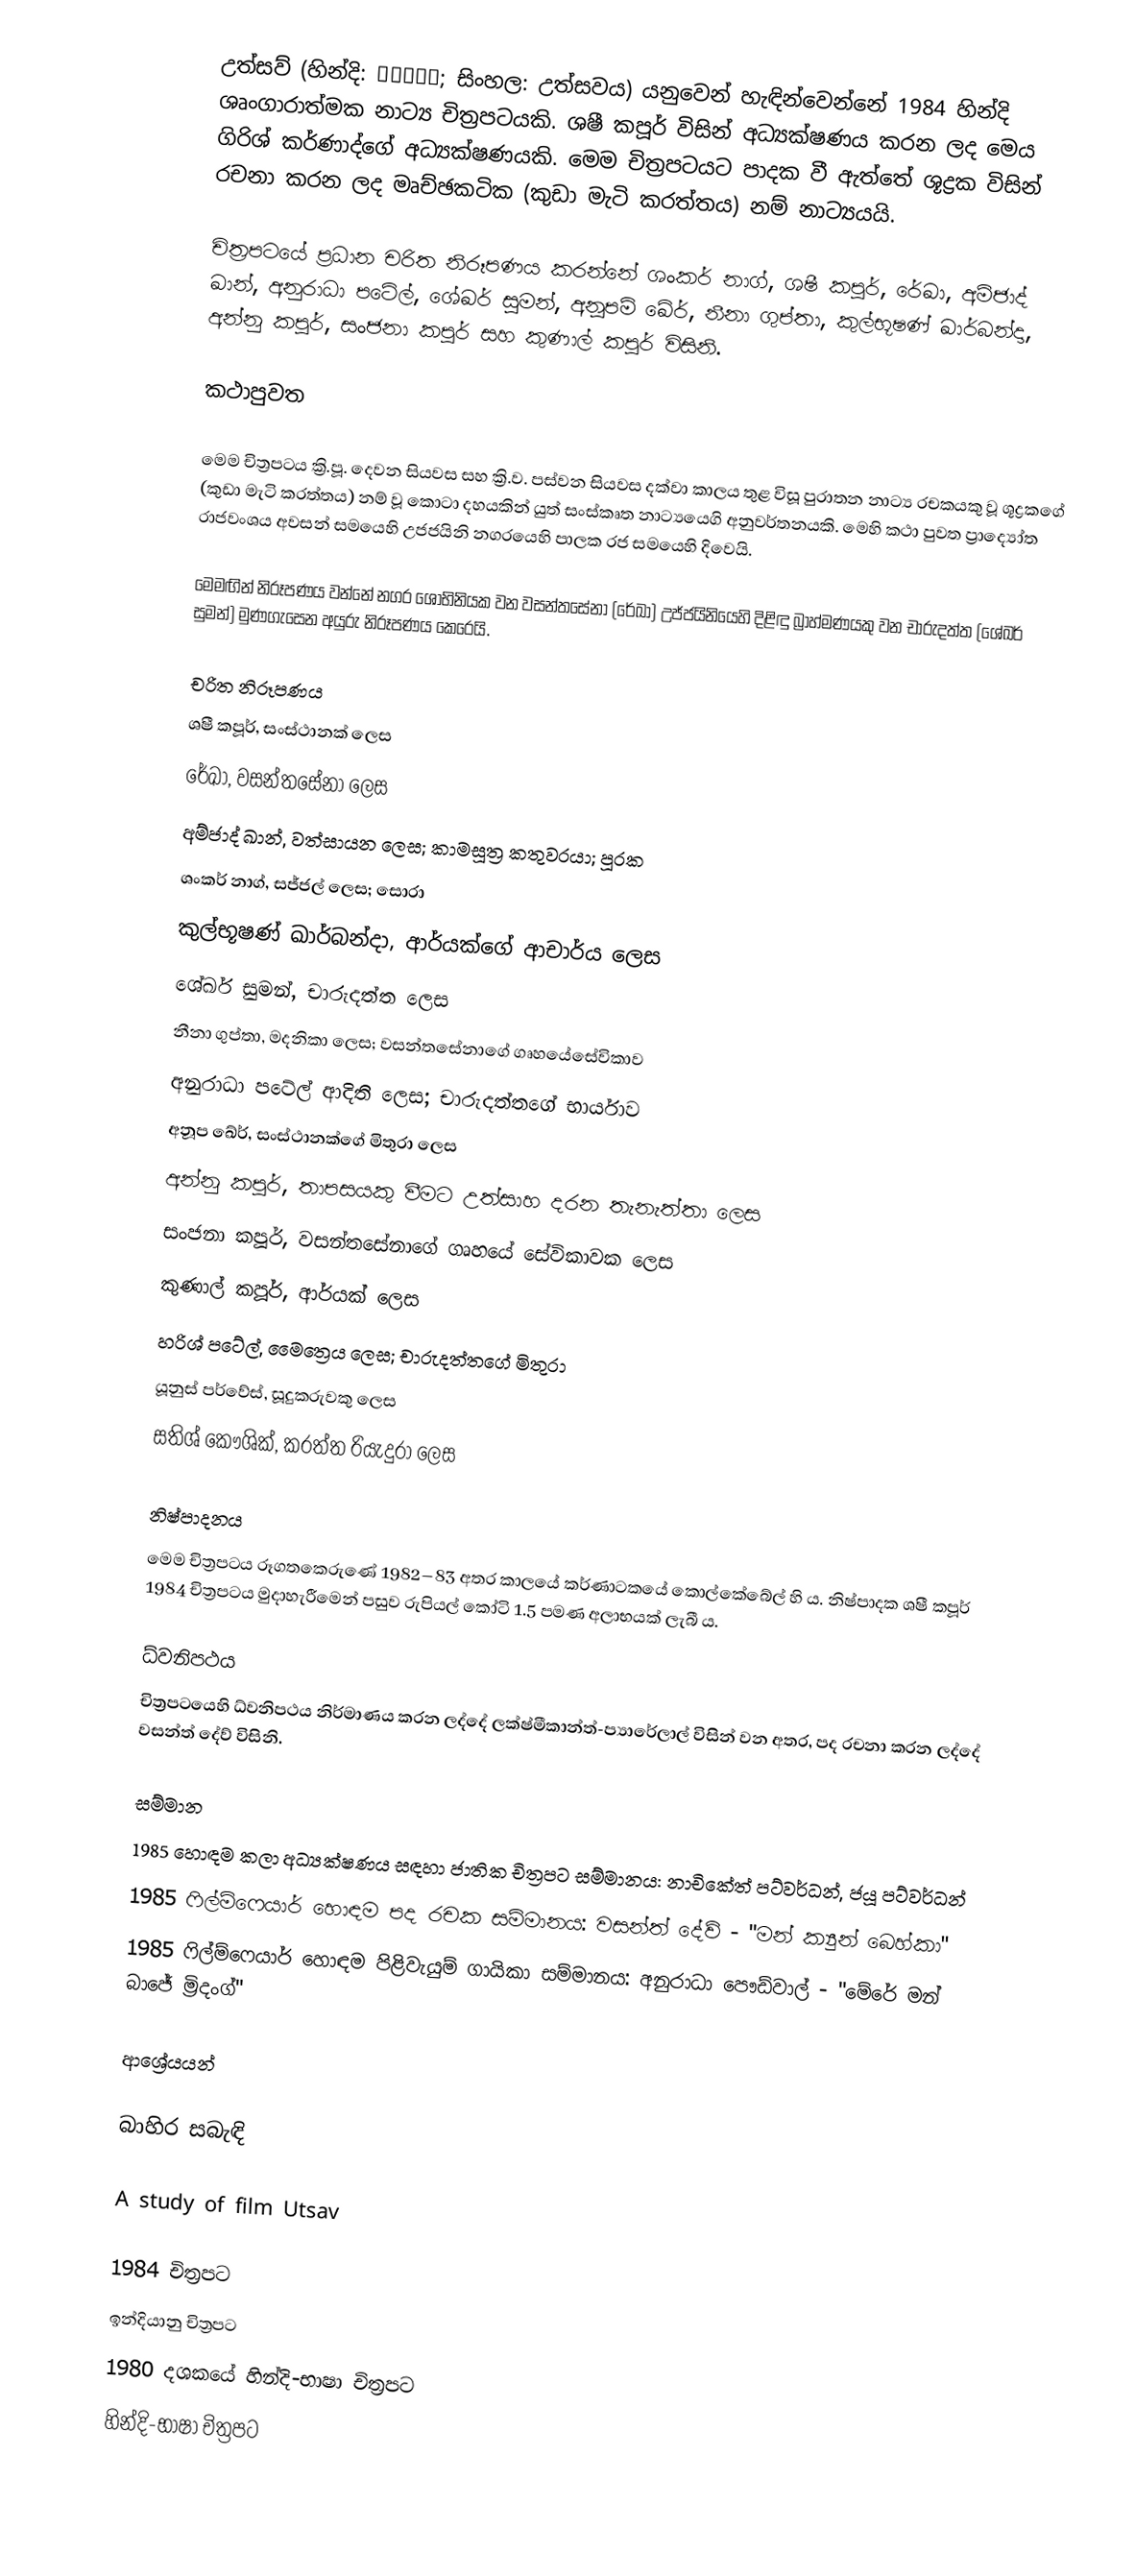
උත්සව් (හින්දි: उत्सव; සිංහල: උත්සවය) යනුවෙන් හැඳින්වෙන්නේ 1984 හින්දි ශෘංගාරාත්මක නාට්‍ය චිත්‍රපටයකි. ශෂී කපූර් විසින් අධ්‍යක්ෂණය කරන ලද මෙය ගිරිශ් කර්ණාද්ගේ අධ්‍යක්ෂණයකි. මෙම චිත්‍රපටයට පාදක වී ඇත්තේ ශූද්‍රක විසින් රචනා කරන ලද මෘච්ඡකටික (කුඩා මැටි කරත්තය) නම් නාට්‍යයයි.

චිත්‍රපටයේ ප්‍රධාන චරිත නිරූපණය කරන්නේ ශංකර් නාග්, ශෂී කපූර්, රේඛා, අම්ජාද් ඛාන්, අනුරාධා පටේල්, ශේඛර් සුමන්, අනූපම් ඛේර්, නීනා ගුප්තා, කුල්භූෂණ් ඛාර්බන්දා, අන්නු කපූර්, සංජනා කපූර් සහ කුණාල් කපූර් විසිනි.

කථාපුවත

මෙම චිත්‍රපටය ක්‍රි.පූ. දෙවන සියවස සහ ක්‍රි.ව. පස්වන සියවස දක්වා කාලය තුළ විසූ පුරාතන නාට්‍ය රචකයකු වූ ශූද්‍රකගේ  (කුඩා මැටි කරත්තය) නම් වූ කොටා දහයකින් යුත් සංස්කෘත නාට්‍යයෙගි අනුවර්තනයකි. මෙහි කථා පුවත ප්‍රාද්‍යෝත රාජවංශය අවසන් සමයෙහි උජජයිනි නගරයෙහි පාලක රජ සමයෙහි දිවෙයි.

මෙමඟින් නිරූපණය වන්නේ නගර ශෝභිනියක වන වසන්තසේනා (රේඛා) උජ්ජයිනියෙහි දිළිඳු බ්‍රාහ්මණයකු වන චාරුදත්ත (ශේඛර් සුමන්) මුණගැසෙන අයුරු නිරූපණය කෙරෙයි.

චරිත නිරූපණය
 ශෂී කපූර්, සංස්ථානක් ලෙස
 රේඛා, වසන්තසේනා ලෙස
 අම්ජාද් ඛාන්, වත්සායන ලෙස; කාමසූත්‍ර කතුවරයා; පූරක
 ශංකර් නාග්, සජ්ජල් ලෙස; සොරා
 කුල්භූෂණ් ඛාර්බන්දා, ආර්යක්ගේ ආචාර්ය ලෙස
 ශේඛර් සුමන්, චාරුදත්ත ලෙස
 නීනා ගුප්තා, මදනිකා ලෙස; වසන්තසේනාගේ ගෘහයේසේවිකාව
 අනුරාධා පටේල් ආදිති ලෙස; චාරුදත්තගේ භාර්යාව
 අනූප ඛේර්, සංස්ථානක්ගේ මිතුරා ලෙස
 අන්නු කපූර්, තාපසයකු වීමට උත්සාහ දරන තැනැත්තා ලෙස
 සංජනා කපූර්, වසන්තසේනාගේ ගෘහයේ සේවිකාවක ලෙස
 කුණාල් කපූර්, ආර්යක් ලෙස
 හරිශ් පටේල්, මෛත්‍රෙය ලෙස; චාරුදත්තගේ මිතුරා
 යූනුස් පර්වේස්, සූදුකරුවකු ලෙස
 සතිශ් කෞශික්, කරත්ත රියැදුරා ලෙස

නිෂ්පාදනය
මෙම චිත්‍රපටය රූගතකෙරුණේ 1982–83 අතර කාලයේ කර්ණාටකයේ කොල්කේබේල් හි ය. නිෂ්පාදක ශෂී කපූර් 1984 චිත්‍රපටය මුදාහැරීමෙන් පසුව රුපියල් කෝටි 1.5 පමණ අලාභයක් ලැබී ය.

ධ්වනිපථය
චිත්‍රපටයෙහි ධ්වනිපථය නිර්මාණය කරන ලද්දේ ලක්ෂ්මීකාන්ත්-ප්‍යාරේලාල් විසින් වන අතර, පද රචනා කරන ලද්දේ වසන්ත් දේව් විසිනි.

සම්මාන
 1985 හොඳම කලා අධ්‍යක්ෂණය සඳහා ජාතික චිත්‍රපට සම්මානය: නාචිකේත් පට්වර්ධන්, ජයූ පට්වර්ධන්
 1985 ෆිල්ම්ෆෙයාර් හොඳම පද රචක සම්මානය: වසන්ත් දේව් - "මන් ක්‍යුන් බෙහ්කා"
 1985 ෆිල්ම්ෆෙයාර් හොඳම පිළිවැයුම් ගායිකා සම්මානය: අනුරාධා පෞඩ්වාල් - "මේරේ මන් බාජේ ම්‍රිදංග්"

ආශ්‍රේයයන්

බාහිර සබැඳි

 A study of film Utsav

1984 චිත්‍රපට
ඉන්දියානු චිත්‍රපට
1980 දශකයේ හින්දි-භාෂා චිත්‍රපට
හින්දි-භාෂා චිත්‍රපට